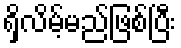
ရှိလိမ့်မည်ဖြစ်ပြီး